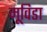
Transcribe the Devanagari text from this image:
मूविडा